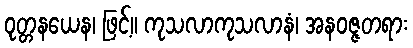
ဝုတ္တနယေန၊ ဖြင့်။ ကုသလာကုသလာနံ၊ အနဝဇ္ဇတရား